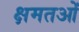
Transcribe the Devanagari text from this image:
क्षमतओं